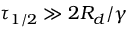
\tau _ { 1 / 2 } \gg 2 R _ { d } / \gamma